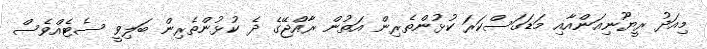
މިއަދު ރީޔޫނިއަންއާއި މަޑަގަސްކަރަ ކުޅުންތެރިން އަތުން ރާއްޖޭގެ ދެ ކުޅުންތެރިން ބަލިވީ ސެޓެއްވެސް